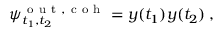
\psi _ { t _ { 1 } , t _ { 2 } } ^ { \mathrm { ~ o ~ u ~ t ~ , ~ c ~ o ~ h ~ } } = y ( t _ { 1 } ) y ( t _ { 2 } ) \: ,